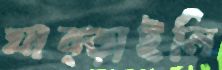
ঘাব্‌ড়াইলি